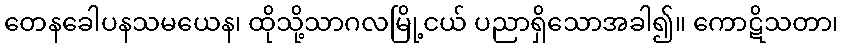
တေနခေါပနသမယေန၊ ထိုသို့သာဂလမြို့ငယ် ပညာရှိသောအခါ၍။ ကောဋိသတာ၊